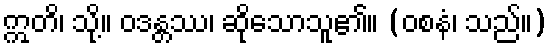
ဣတိ၊ သို့။ ဝဒန္တဿ၊ ဆိုသောသူ၏။ (ဝစနံ၊ သည်။)